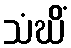
သံဃိံ